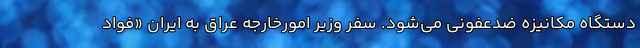
دستگاه مکانیزه ضدعفونی می‌شود. سفر وزیر امورخارجه عراق به ایران «فواد